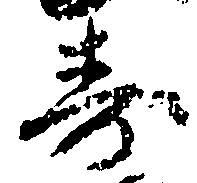
寿